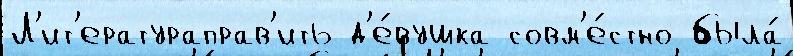
Л'ит'ератураправ'ить д'е́вушка совм'е́стно была́